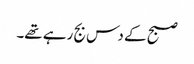
صبح کے دس بج رہے تھے۔